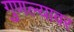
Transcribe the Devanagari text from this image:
गुणल्यावर